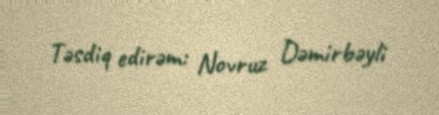
Təsdiq edirəm: Novruz Dəmirbəyli